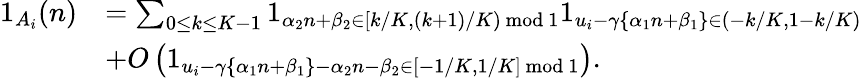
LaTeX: \begin{array}{rl}{1_{A_{i}}(n)}&{=\sum_{0\leq k\leq K-1}1_{\alpha_{2}n+\beta_{2}\in[k/K,(k+1)/K)\, \mathrm{mod~}1}1_{u_{i}-\gamma\{ \alpha_{1}n+\beta_{1}\} \in(-k/K,1-k/K)}}\\ &{+O\left(1_{u_{i}-\gamma\{ \alpha_{1}n+\beta_{1}\} -\alpha_{2}n-\beta_{2}\in[-1/K,1/K]\, \mathrm{mod~}1}\right).}\end{array}